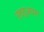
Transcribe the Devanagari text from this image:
रत्ततुअधरा